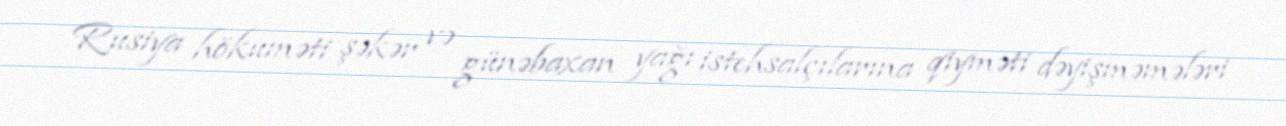
Rusiya hökuməti şəkər və günəbaxan yağı istehsalçılarına qiyməti dəyişməmələri